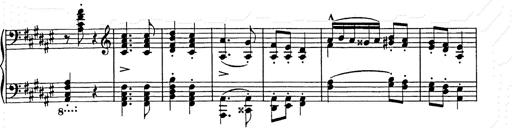
Title: Hungarian Rhapsody No.9
Composer: Franz Liszt
Key: E-flat major